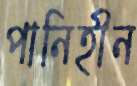
পানিহীন